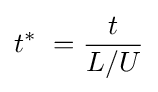
t^{*}\ ={\frac {t}{L/U}}